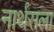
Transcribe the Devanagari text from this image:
नार्थंसला